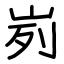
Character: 峛